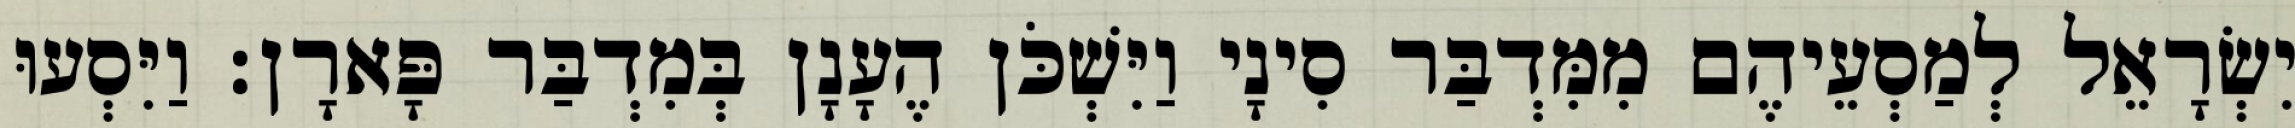
יִשְׂרָאֵל לְמַסְעֵיהֶם מִמִּדְבַּר סִינָי וַיִּשְׁכֹּן הֶעָנָן בְּמִדְבַּר פָּארָן׃ וַיִּסְעוּ